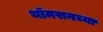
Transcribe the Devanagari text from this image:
थॉमसनच्या